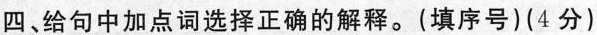
四、给句中加点词选择正确的解释。(填序号)(4分)